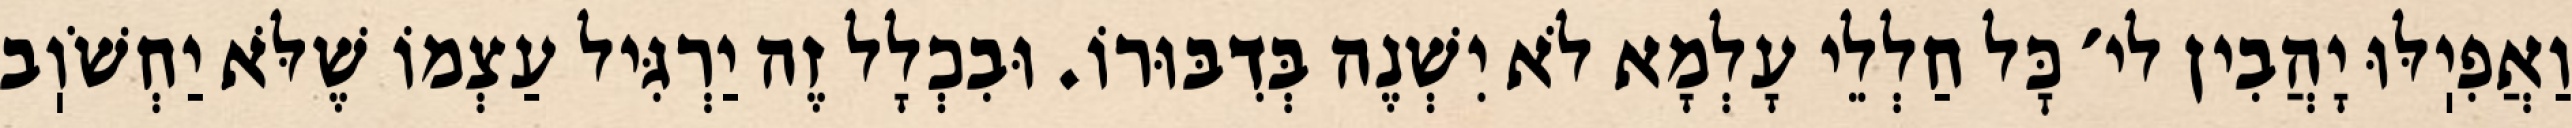
וַאֲפִיֽלּוּ יָהֲבִין לי׳ כׇּל חַלְלֵי עָלְמָא לֹא יִשְׁנֶה בְּדִבּוּרוֹ. וּבִכְלָל זֶה יַרְגִּיל עַצְמוֹ שֶׁלֹּא יַחְשֹׁוֽב